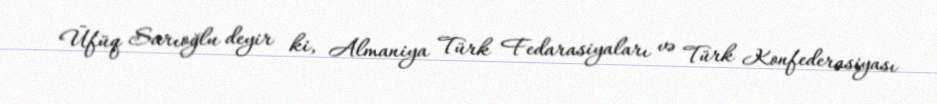
Üfüq Sarıoğlu deyir ki, Almaniya Türk Fedarasiyaları və Türk Konfederasiyası